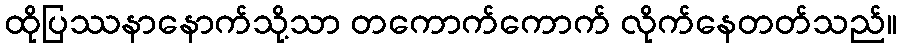
ထိုပြဿနာနောက်သို့သာ တကောက်ကောက် လိုက်နေတတ်သည်။